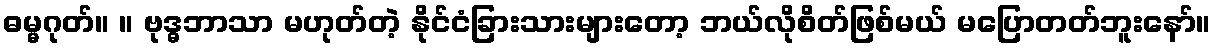
ဓမ္မဂုတ်။ ။ ဗုဒ္ဓဘာသာ မဟုတ်တဲ့ နိုင်ငံခြားသားများတော့ ဘယ်လိုစိတ်ဖြစ်မယ် မပြောတတ်ဘူးနော်။